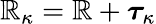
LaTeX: \boldsymbol{\mathbb{R}}_{\kappa}=\boldsymbol{\mathbb{R}}+\boldsymbol{\tau}_{\kappa}